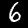
Label: 6